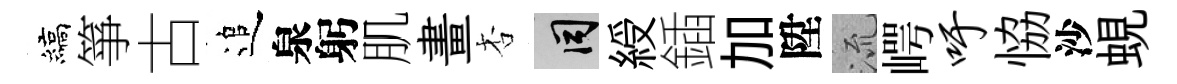
縞箏古追泉躬肌畫杏间綬鍤加陞𣴑崿吁恊沙蜆